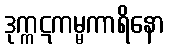
ဒုက္ကဋကမ္မကာရိနော